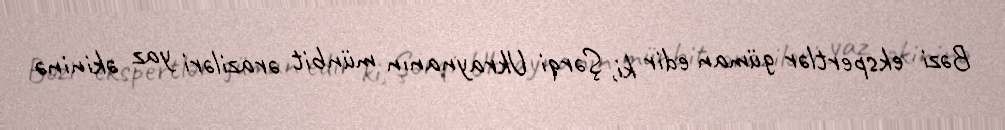
Bəzi ekspertlər güman edir ki, Şərqi Ukraynanın münbit əraziləri yaz əkininə